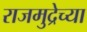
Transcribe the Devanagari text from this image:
राजमुद्रेच्या